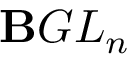
\mathbf { B } G L _ { n }